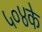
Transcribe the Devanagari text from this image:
५०४के